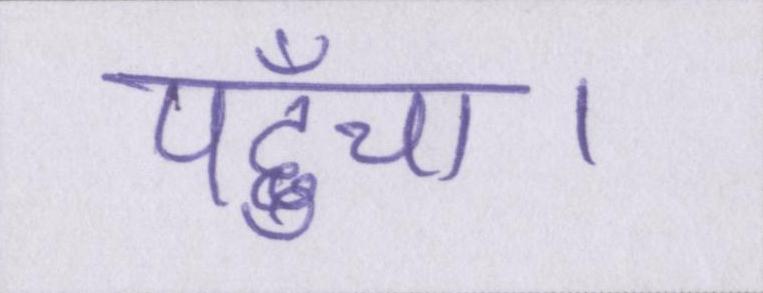
पहुँचा।